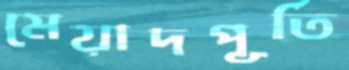
মেয়াদপূর্তি